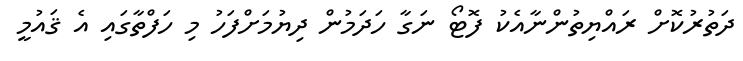
ދަތުރުކޮށް ރައްޔިތުންނާއެކު ފޮޓޯ ނަގާ ހަދަމުން ދިޔުމަށްފަހު މި ހަފްތާގައި އެ ޤައުމީ